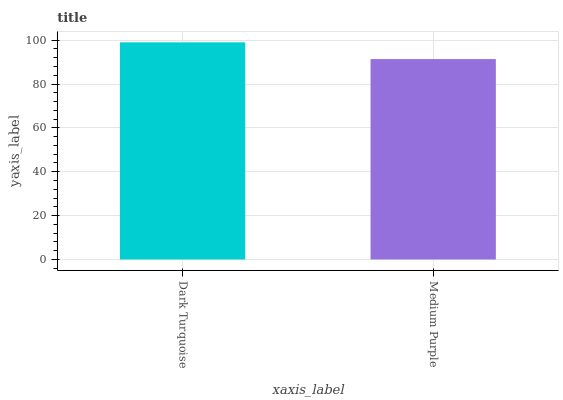
| xaxis_label | bars |
 | --- | --- |
 | Dark Turquoise | 99 |
 | Medium Purple | 91.4 |